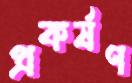
প্রকর্ষণ